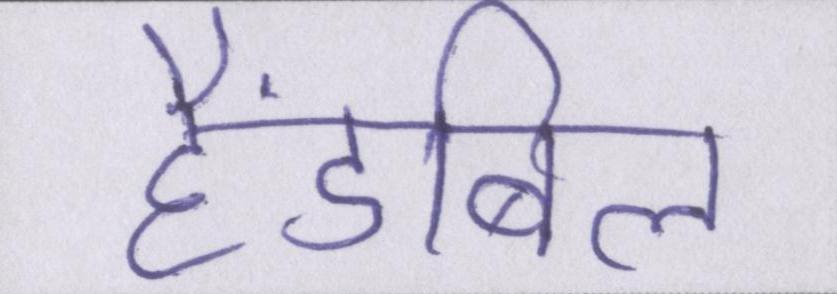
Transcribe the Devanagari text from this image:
हैंडबिल